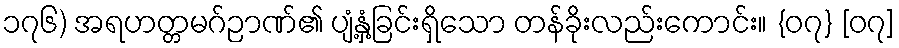
၁၇၆) အရဟတ္တမဂ်ဉာဏ်၏ ပျံ့နှံ့ခြင်းရှိသော တန်ခိုးလည်းကောင်း။ {၀၇} [၀၇]